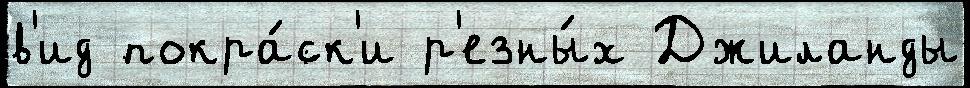
в'ид покра́ск'и р'езны́х Джиланды